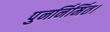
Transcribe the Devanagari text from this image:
पुनर्निर्मित।